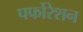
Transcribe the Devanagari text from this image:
पर्फोरेशन